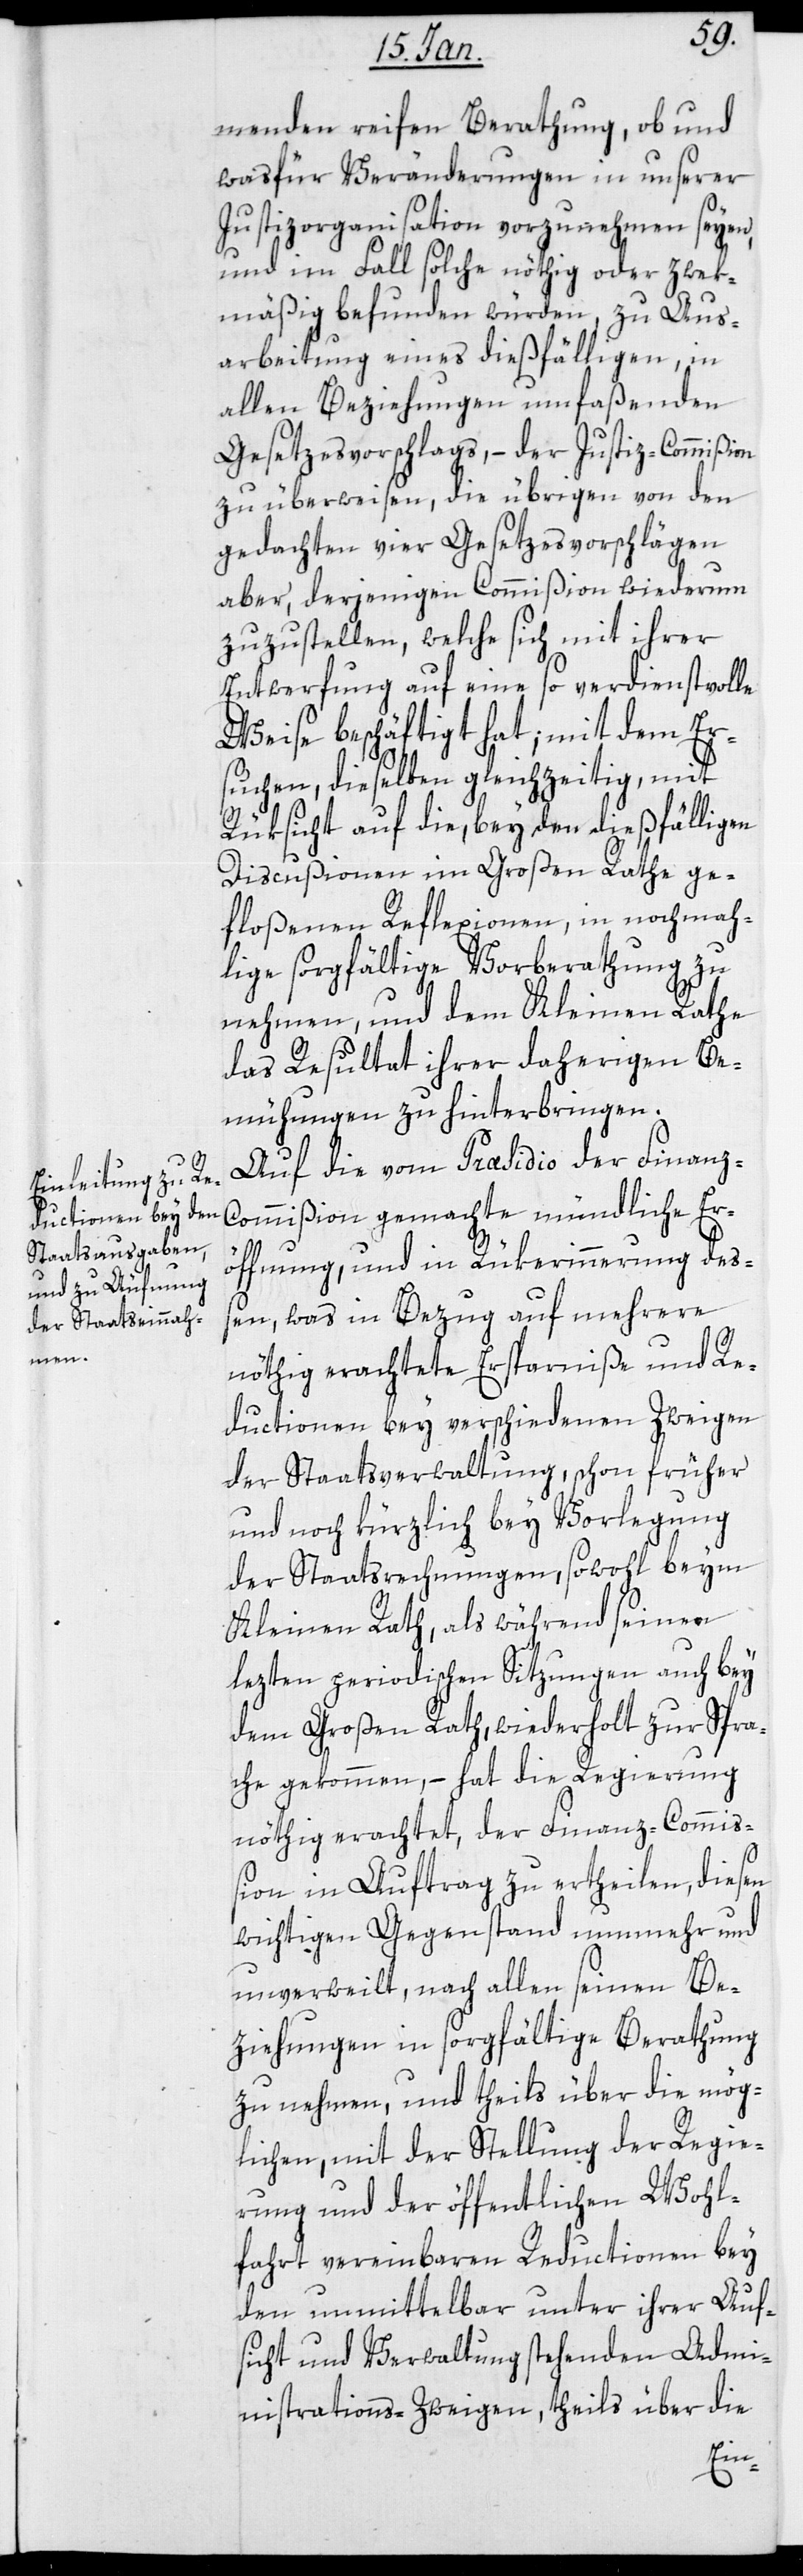
menden reifen Berathung, ob und
was für Veränderungen in unserer
Justizorganisation vorzunehmen seyen,
und im Fall solche nötig oder zweck¬
mäßig befunden würden, zu Aus¬
arbeitung eines dießfälligen, in
allen Beziehungen umfaßenden
Gesetzesvorschlags, – der Justiz-Commißion
zu überweisen, die übrigen von den
gedachten vier Gesetzesvorschlägen
aber, derjenigen Commißion wiederum
zuzustellen, welche sich mit ihrer
Entwerfung auf eine so verdienstvolle
Weise beschäftigt hat; mit dem Ers¬
uchen, dieselben gleichzeitig, mit
Rücksicht auf die, bey den dießfälligen
Discussionen im Großen Rathe ge¬
floßenen Reflexionen, in nochma¬
lige sorgfältige Vorberathung zu
nehmen, und dem Kleinen Rathe
das Resultat ihrer daherigen Be¬
mühungen zu hinterbringen.
Auf die vom Præsidio der Finanz-C¬
ommißion gemachte mündliche Er¬
öffnung und in Rükerinnerung des¬
sen, was in Bezug auf mehrere
nöthig erachtete Ersparniße und Re¬
ductionen bey verschiedenen Zweigen
der Staatsverwaltung, schon früher
und noch kürzlich bey Vorlegung
der Staatsrechnungen, sowohl beym
Kleinen Rath als während seiner
letzten periodischen Sitzungen auch bey
dem Großen Rath, wiederholt zur Spra¬
che gekommen, – hat die Regierung
nöthig erachtet, der Finanz-Commi¬
ßion in Auftrag zu erteilen, diesen
wichtigen Gegenstand nunmehr und
unverweilt, nach allen seinen Be¬
ziehungen in sorgfältige Berathung
zu nehmen, und theils über die mög¬
lichen, mit der Stellung der Regie¬
rung und der öffentlichen Wohl¬
fahrt vereinbaren Reductionen bey
den unmittelbar unter ihrer Auf¬
sicht und Verwaltung stehenden Admi¬
nistrations-Zweigen, theils über die